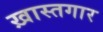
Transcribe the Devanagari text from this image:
ख़ास्तगार